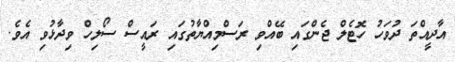
އާދީއްތަ ދުވަހު ހޮޓެލް ޖެންގައި ބޭއްވި ރަސްމިއްޔާތުގައި ރައީސް ސޯލިހް ވިދާޅުވި އެވެ.